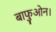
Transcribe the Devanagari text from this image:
बाफुओन।